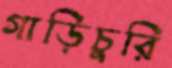
গাড়িচুরি